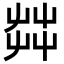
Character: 茻